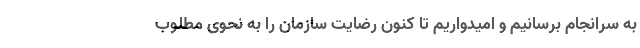
به سرانجام برسانیم و امیدواریم تا کنون رضایت سازمان را به نحوی مطلوب